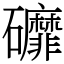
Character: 䃺